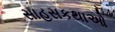
સાહસકથાઓ